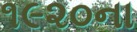
૧૯૨૦ના